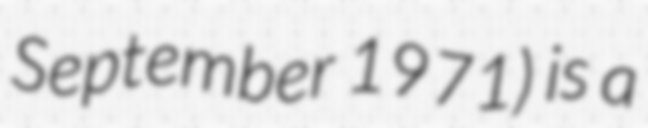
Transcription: September 1971) is a